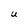
Character: U